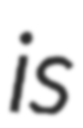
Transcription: is